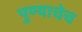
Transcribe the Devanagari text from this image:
पुण्याचेच